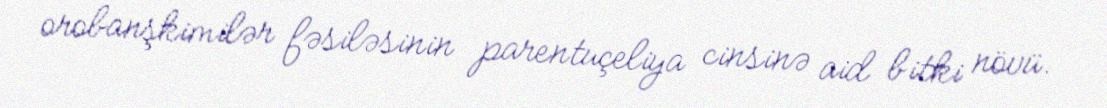
orobanşkimilər fəsiləsinin parentuçeliya cinsinə aid bitki növü.